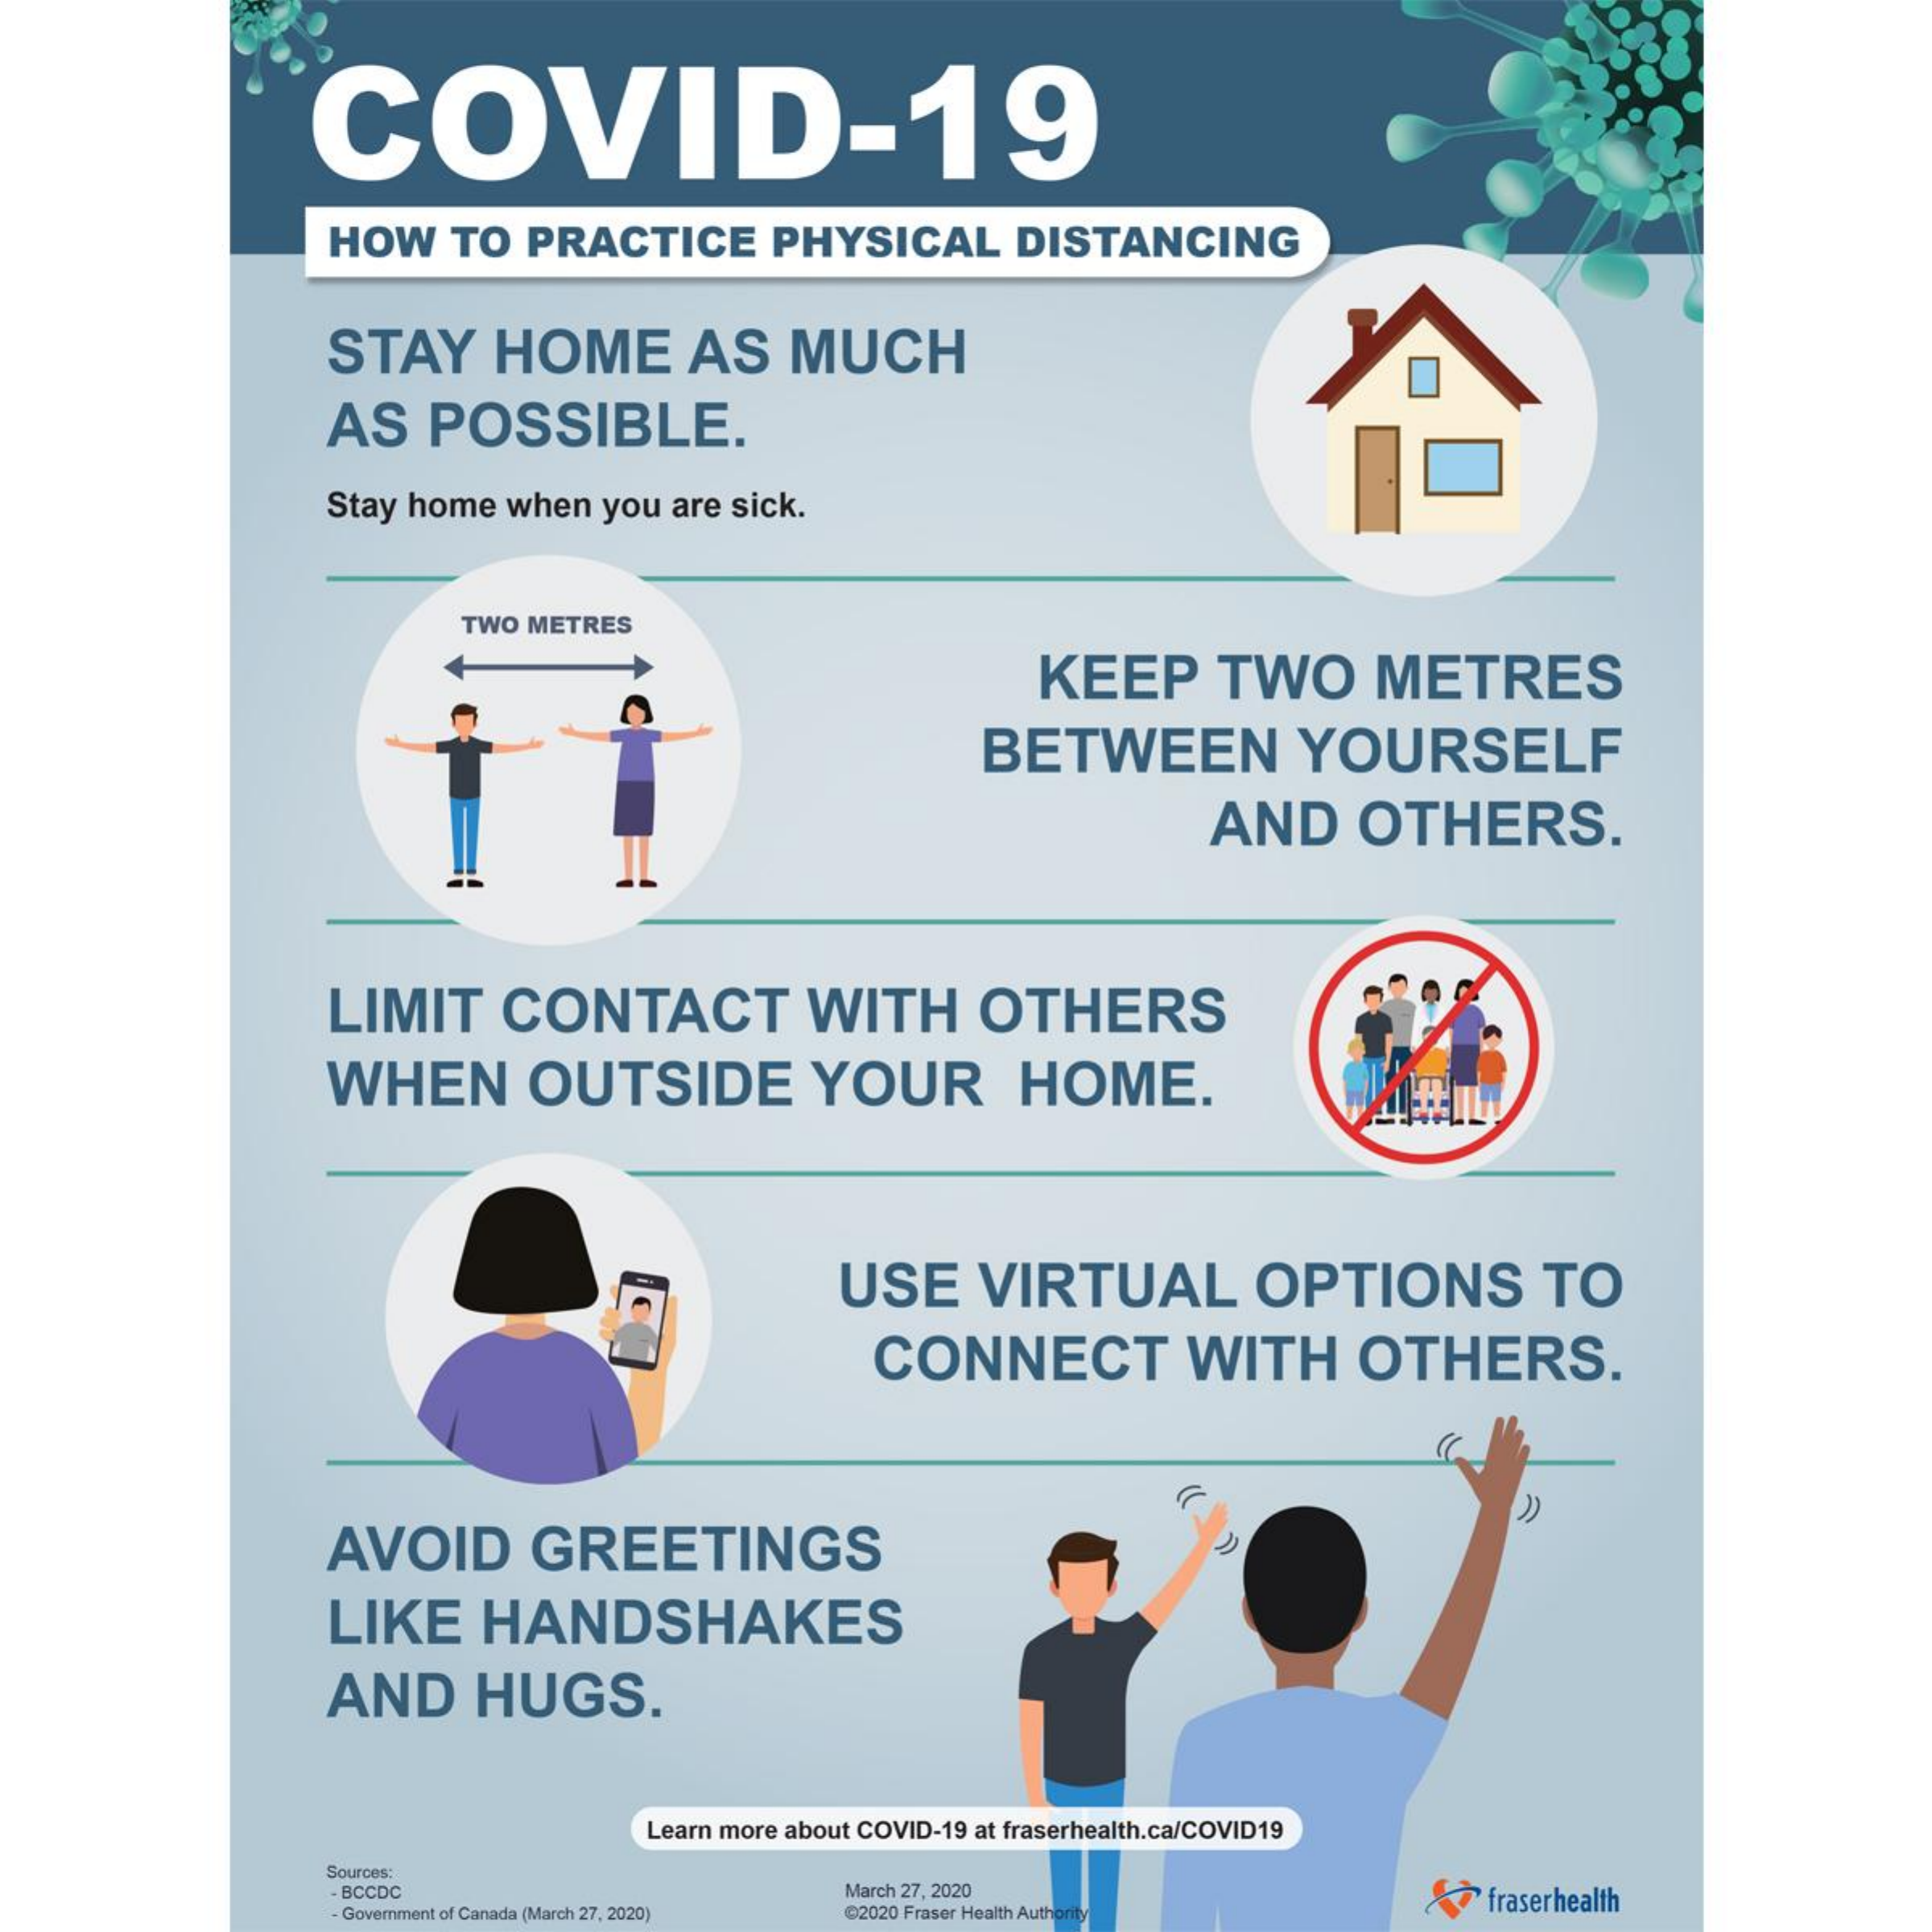
COVID-19
     HOW   TO PRACTICE   PHYSICAL   DISTANCING
     STAY   HOME    AS   MUCH
     AS  POSSIBLE.
     Stay home when you are sick.
     TWO METRES
     KEEP    TWO    METRES
     BETWEEN    YOURSELF
     AND   OTHERS.
     LIMIT   CONTACT    WITH    OTHERS
     WHEN    OUTSIDE    YOUR    HOME.
     USE    VIRTUAL    OPTIONS    TO
     CONNECT    WITH    OTHERS.
     AVOID    GREETINGS
     LIKE   HANDSHAKES
     AND    HUGS.
     Learn more about COVID-19 at fraserhealth.ca/COVID19
     Sources:
     BCCDC
     Government of Ca
     March 27, 2020
     da (March 27, 2020) 02020 Fraser Health Author fraserhealth